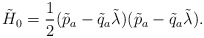
\begin{align*}\tilde{H}_{0}=\frac{1}{2}(\tilde{p}_{a}-\tilde{q}_{a}\tilde{\lambda})(\tilde{p}_{a}-\tilde{q}_{a}\tilde{\lambda}). \end{align*}